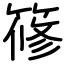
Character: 𥱤